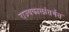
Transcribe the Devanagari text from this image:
राज्यकालांतर्गत